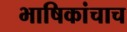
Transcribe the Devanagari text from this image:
भाषिकांचाच